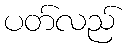
ပတ်လည်